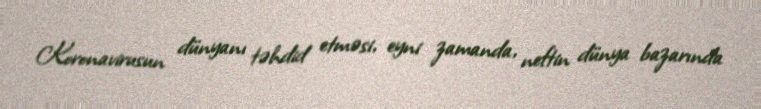
Koronavirusun dünyanı təhdid etməsi, eyni zamanda, neftin dünya bazarında